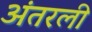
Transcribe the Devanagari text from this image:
अंतरली